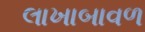
લાખાબાવળ